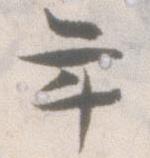
年